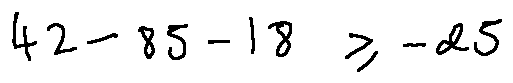
4 2 - 8 5 - 1 8 \geq - 2 5